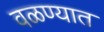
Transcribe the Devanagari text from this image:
वळण्यात